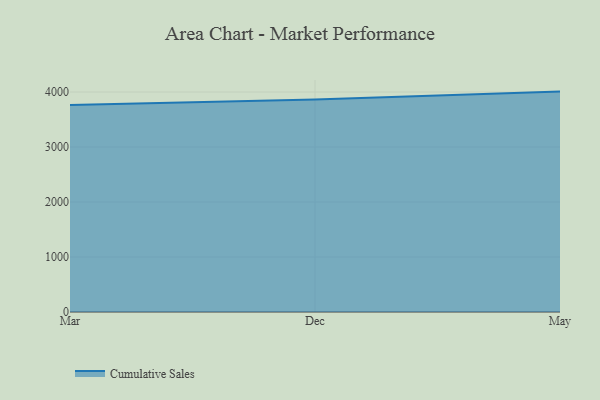
{"axis": {"x": "Month", "y": "Humidity (%)"}, "legend": ["Cumulative Sales"], "data": [{"x": "Mar", "y": 3765.3, "type": "Cumulative Sales"}, {"x": "Dec", "y": 3862.4, "type": "Cumulative Sales"}, {"x": "May", "y": 4007.4, "type": "Cumulative Sales"}]}